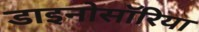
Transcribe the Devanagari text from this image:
डाइनोसॉरिया